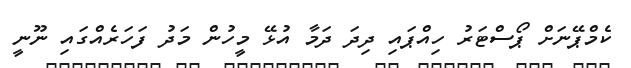
ކެމްޕޭނަށް ޕޯސްޓަރު ހިއްޕައި ދިދަ ދަމާ އުޅޭ މީހުން މަދު ފަހަރެއްގައި ނޫނީ